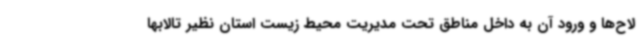
لاح‌ها و ورود آن به داخل مناطق تحت مدیریت محیط زیست استان نظیر تالابها